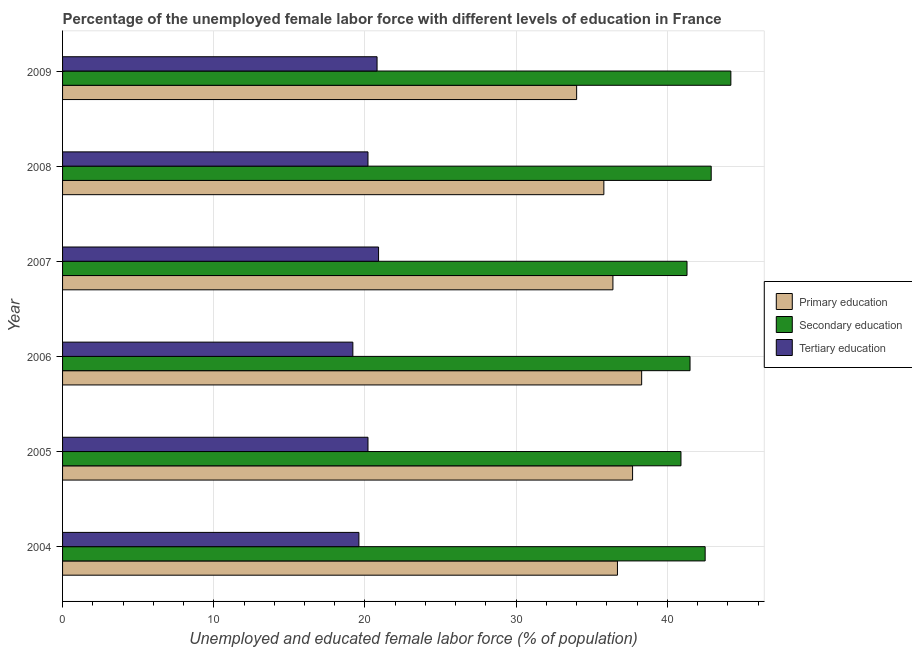
| Year | Primary education | Secondary education | Tertiary education |
 | --- | --- | --- | --- |
 | 2004 | 36.7 | 42.5 | 19.6 |
 | 2005 | 37.7 | 40.9 | 20.2 |
 | 2006 | 38.3 | 41.5 | 19.2 |
 | 2007 | 36.4 | 41.3 | 20.9 |
 | 2008 | 35.8 | 42.9 | 20.2 |
 | 2009 | 34 | 44.2 | 20.8 |